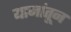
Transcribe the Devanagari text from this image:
यानांतून